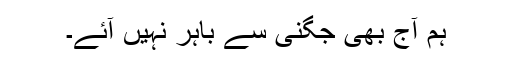
ہم آج بھی جگنی سے باہر نہیں آئے۔